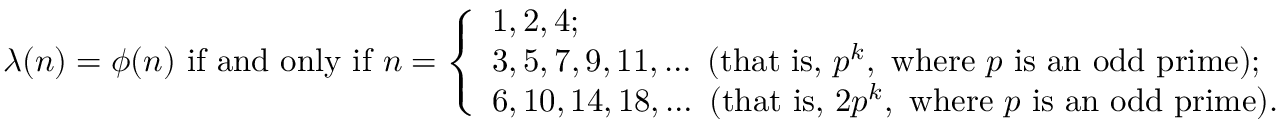
\lambda ( n ) = \phi ( n ) { \mathrm { ~ i f ~ a n d ~ o n l y ~ i f ~ } } n = { \left\{ \begin{array} { l l } { 1 , 2 , 4 ; } \\ { 3 , 5 , 7 , 9 , 1 1 , \ldots { \mathrm { ~ ( t h a t ~ i s , ~ } } p ^ { k } { \mathrm { , ~ w h e r e ~ } } p { \mathrm { ~ i s ~ a n ~ o d d ~ p r i m e ) } } ; } \\ { 6 , 1 0 , 1 4 , 1 8 , \ldots { \mathrm { ~ ( t h a t ~ i s , ~ } } 2 p ^ { k } { \mathrm { , ~ w h e r e ~ } } p { \mathrm { ~ i s ~ a n ~ o d d ~ p r i m e ) } } . } \end{array} \right. }